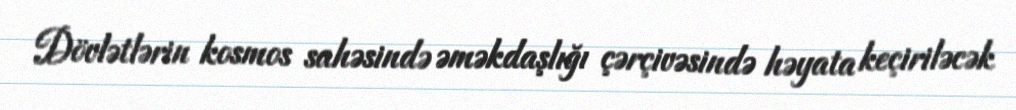
Dövlətlərin kosmos sahəsində əməkdaşlığı çərçivəsində həyata keçiriləcək